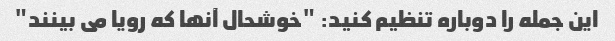
این جمله را دوباره تنظیم کنید: "خوشحال آنها که رویا می بینند"